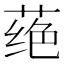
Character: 𫈵